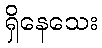
ရှိနေသေး